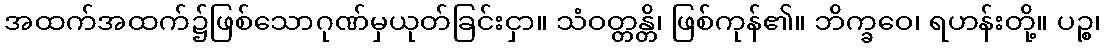
အထက်အထက်၌ဖြစ်သောဂုဏ်မှယုတ်ခြင်းငှာ။ သံဝတ္တန္တိ၊ ဖြစ်ကုန်၏။ ဘိက္ခဝေ၊ ရဟန်းတို့။ ပဉ္စ၊